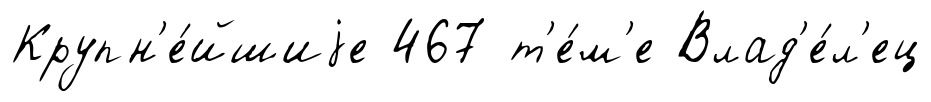
Крупн'е́йшиjе 467 т'е́м'е Влад'е́л'ец